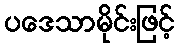
ပဒေသာမိုင်းဖြင့်